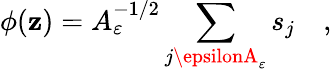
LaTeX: \phi(\mathbf{z})=A_{\varepsilon}^{-1/2}\sum_{j\epsilonA_{\varepsilon}}s_{j}\quad,